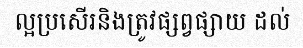
ល្អប្រសើរនិងត្រូវផ្សព្វផ្សាយ ដល់